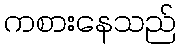
ကစားနေသည်